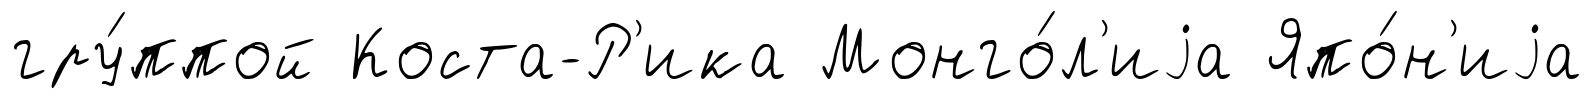
гру́ппой Коста-Р'ика Монго́л'иjа Япо́н'иjа